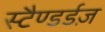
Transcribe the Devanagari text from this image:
स्टैण्डर्डज़